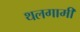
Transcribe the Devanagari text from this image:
थलगामी